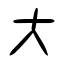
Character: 大